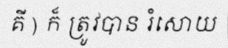
គី ) ក៏ ត្រូវបាន រំសោយ